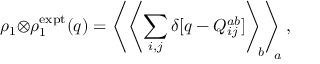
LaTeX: \rho _ { 1 } { \otimes } \rho _ { 1 } ^ { \mathrm { e x p t } } ( q ) = \left\langle \left\langle \sum _ { i , j } \delta [ q - Q _ { i j } ^ { a b } ] \right\rangle _ { \! \! b } \right\rangle _ { \! \! \! a } ,